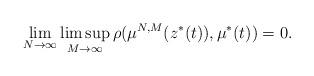
LaTeX: \begin{align*}\lim_{N\rightarrow\infty}\limsup_{M\rightarrow\infty }\rho(\mu^{N,M}(z^*(t)), \mu^*(t)) = 0 .\end{align*}